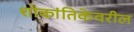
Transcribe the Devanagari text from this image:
शोकांतिकेवरील